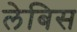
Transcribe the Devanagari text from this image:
लेबिस